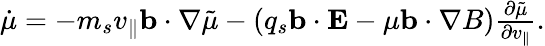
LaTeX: \begin{array}{r}{\dot{\mu}=-m_{s}v_{\parallel}\mathbf{b}\cdot\nabla\tilde{\mu}-(q_{s}\mathbf{b}\cdot{\mathbf{E}}-\mu\mathbf{b}\cdot{\nabla}B)\frac{\partial\tilde{\mu}}{\partial v_{\parallel}}.}\end{array}